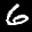
Label: 6